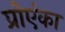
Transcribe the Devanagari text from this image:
प्रोएंका